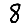
Digit: 8